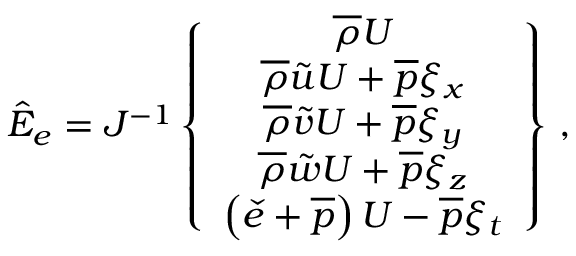
\hat { E } _ { e } = J ^ { - 1 } \left\{ \begin{array} { c } { \overline { { \rho } } U } \\ { \overline { { \rho } } \tilde { u } U + \overline { { p } } \xi _ { x } } \\ { \overline { { \rho } } \tilde { v } U + \overline { { p } } \xi _ { y } } \\ { \overline { { \rho } } \tilde { w } U + \overline { { p } } \xi _ { z } } \\ { \left( \check { e } + \overline { { p } } \right) U - \overline { { p } } \xi _ { t } } \end{array} \right\} \, \mathrm { , }